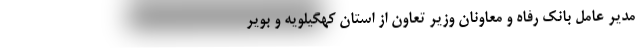
مدیر عامل بانک رفاه و معاونان وزیر تعاون از استان کهگیلویه و بویر